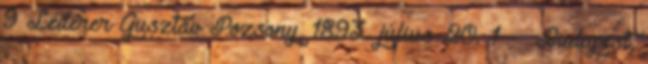
9 Léderer Gusztáv Pozsony, 1893. július 20. 1 – Budapest,